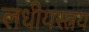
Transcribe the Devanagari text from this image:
लधीयस्त्रय